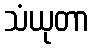
သံယုတာ